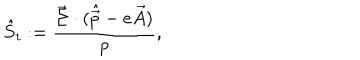
LaTeX: \hat { S } _ { t } : = { \frac { \vec { \Sigma } \cdot ( \hat { \vec { p } } - e \vec { A } ) } { p } } ,